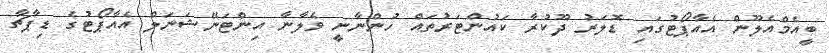
ބީއެމްއެލޫން އެއާޕޯޓުގައި ޑޮލަރު ދޫކުރާ ކައުންޓަރުތައް ހުންނާނީ ވެލާނާ އިންޓަނޭޝަނަލް އެއާޕޯޓުގެ ޑިޕާޗާ